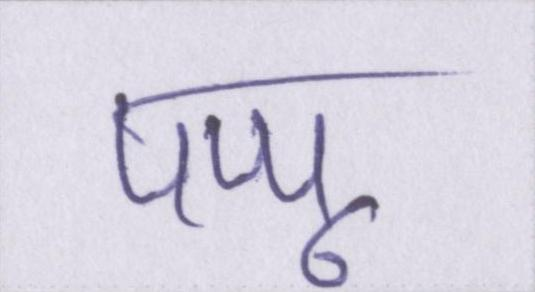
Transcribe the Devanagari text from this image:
पप्पू